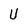
Character: U